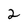
Character: 2